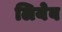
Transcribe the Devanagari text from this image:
लियेब